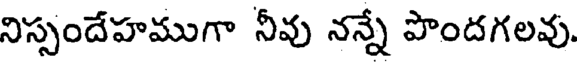
నిస్సందేహముగా నీవు నన్నే పొందగలవు.